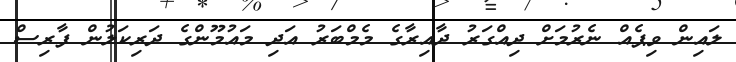
ލައިން ވިޕެއް ނެރުމަށް ދިއްގަރު ދާއިރާގެ މެމްބަރު އަދި މައުމޫންގެ ދަރިކަލުން ފާރިސް